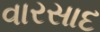
વારસાદ